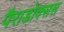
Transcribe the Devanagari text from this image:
पैराडोक्सस